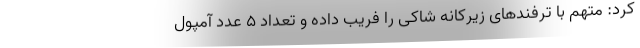
کرد: متهم با ترفندهای زیرکانه شاکی را فریب داده و تعداد ۵ عدد آمپول